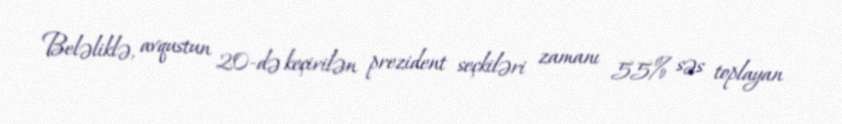
Beləliklə, avqustun 20-də keçirilən prezident seçkiləri zamanı 55% səs toplayan